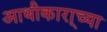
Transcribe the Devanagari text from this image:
आधीकारा्च्या